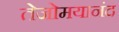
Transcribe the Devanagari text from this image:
तेजोमयानंद